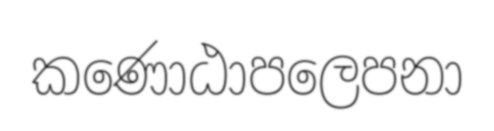
කණොඨාපලෙපනා